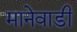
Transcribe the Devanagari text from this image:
मानेवाडी